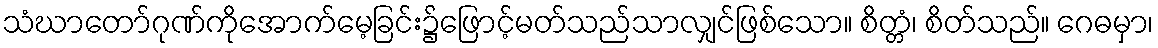
သံဃာတော်ဂုဏ်ကိုအောက်မေ့ခြင်း၌ဖြောင့်မတ်သည်သာလျှင်ဖြစ်သော။ စိတ္တံ၊ စိတ်သည်။ ဂေဓမှာ၊